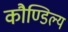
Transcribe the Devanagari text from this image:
कौण्डिल्य